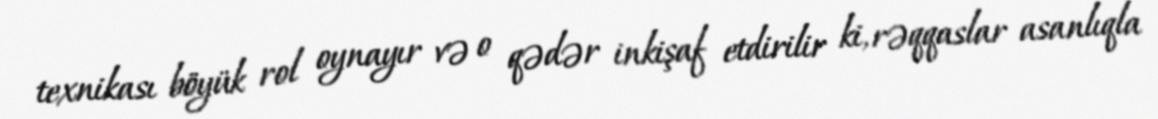
texnikası böyük rol oynayır və o qədər inkişaf etdirilir ki, rəqqaslar asanlıqla